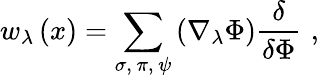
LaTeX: w_{\lambda}\left(x\right)=\sum_{\sigma,\, \pi,\, \psi}\left(\nabla_{\lambda}\Phi\right)\frac\delta{\delta\Phi}\, \, ,